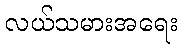
လယ်သမားအရေး